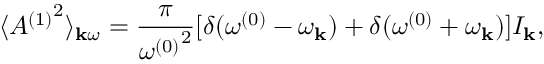
\langle { A ^ { ( 1 ) } } ^ { 2 } \rangle _ { { \bf k } \omega } = { \frac { \pi } { { \omega ^ { ( 0 ) } } ^ { 2 } } } [ \delta ( \omega ^ { ( 0 ) } - \omega _ { \bf k } ) + \delta ( \omega ^ { ( 0 ) } + \omega _ { \bf k } ) ] I _ { \bf k } ,